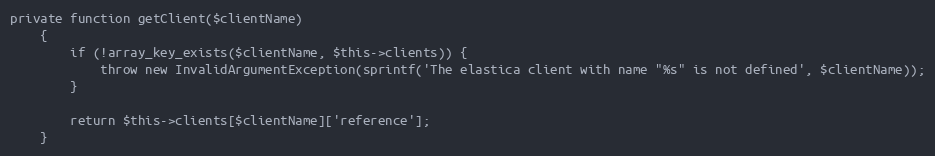
Language: PHP
private function getClient($clientName)
    {
        if (!array_key_exists($clientName, $this->clients)) {
            throw new InvalidArgumentException(sprintf('The elastica client with name "%s" is not defined', $clientName));
        }

        return $this->clients[$clientName]['reference'];
    }